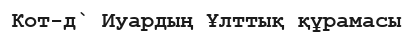
Кот-д` Иуардың Ұлттық құрамасы